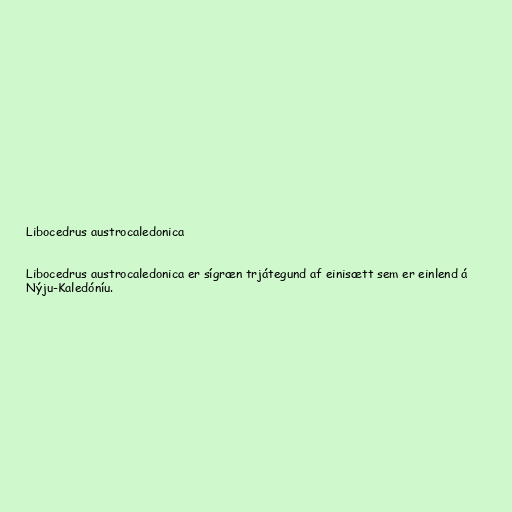
Libocedrus austrocaledonica

Libocedrus austrocaledonica er sígræn trjátegund af einisætt sem er einlend á
Nýju-Kaledóníu.